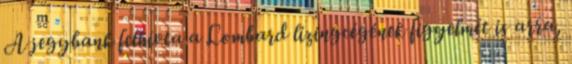
A jegybank felhívta a Lombard lízingcégének figyelmét is arra,